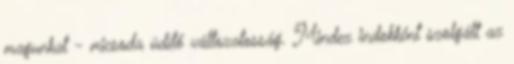
magunkat - micsoda üdítő változatosság. Mindez indokként szolgált az